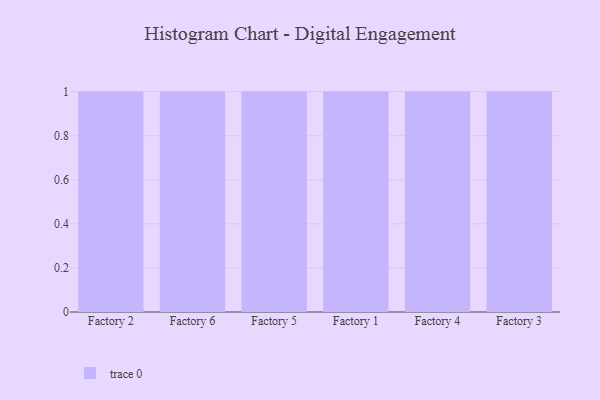
{"axis": {"x": "Factory", "y": "Bounce Rate (%)"}, "legend": [""], "data": [{"x": "Factory 2", "y": 20, "type": ""}, {"x": "Factory 6", "y": 1, "type": ""}, {"x": "Factory 5", "y": 14, "type": ""}, {"x": "Factory 1", "y": 60, "type": ""}, {"x": "Factory 4", "y": 22, "type": ""}, {"x": "Factory 3", "y": 65, "type": ""}]}